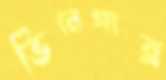
ভিনেগার